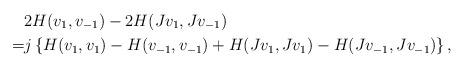
LaTeX: \begin{align*}&2H(v_1,v_{-1})-2H(Jv_1, Jv_{-1}) \\=&j\left\{H(v_1,v_{1})-H(v_{-1},v_{-1})+H(Jv_{1},Jv_{1})-H(Jv_{-1},Jv_{-1})\right\} , \end{align*}